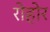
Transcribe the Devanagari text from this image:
रोहोर